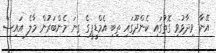
އޭނާ ވިދާޅުވި ގޮތުގައި ކެންދޫގައި ތިބި އެމްޑީޕީގެ ގިނަ މެންބަރުން މާލެ އައިސް